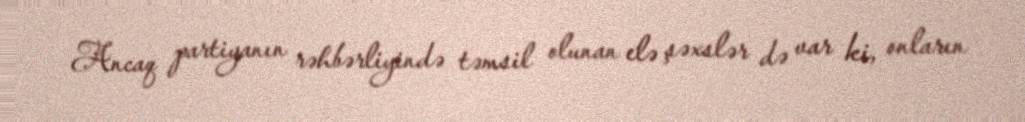
Ancaq partiyanın rəhbərliyində təmsil olunan elə şəxslər də var ki, onların